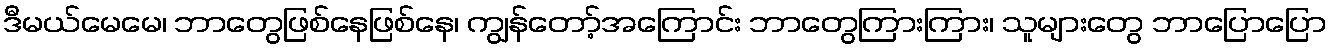
ဒီမယ်မေမေ၊ ဘာတွေဖြစ်နေဖြစ်နေ၊ ကျွန်တော့်အကြောင်း ဘာတွေကြားကြား၊ သူများတွေ ဘာပြောပြော